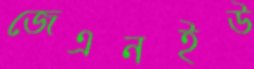
জেএনইউ